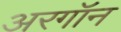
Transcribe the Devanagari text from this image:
अरगॉन